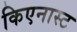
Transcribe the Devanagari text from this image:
किएनास्ट